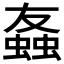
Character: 𫋒